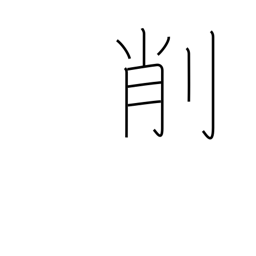
Meaning: whittle